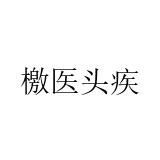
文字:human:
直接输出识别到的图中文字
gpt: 檄医头疾